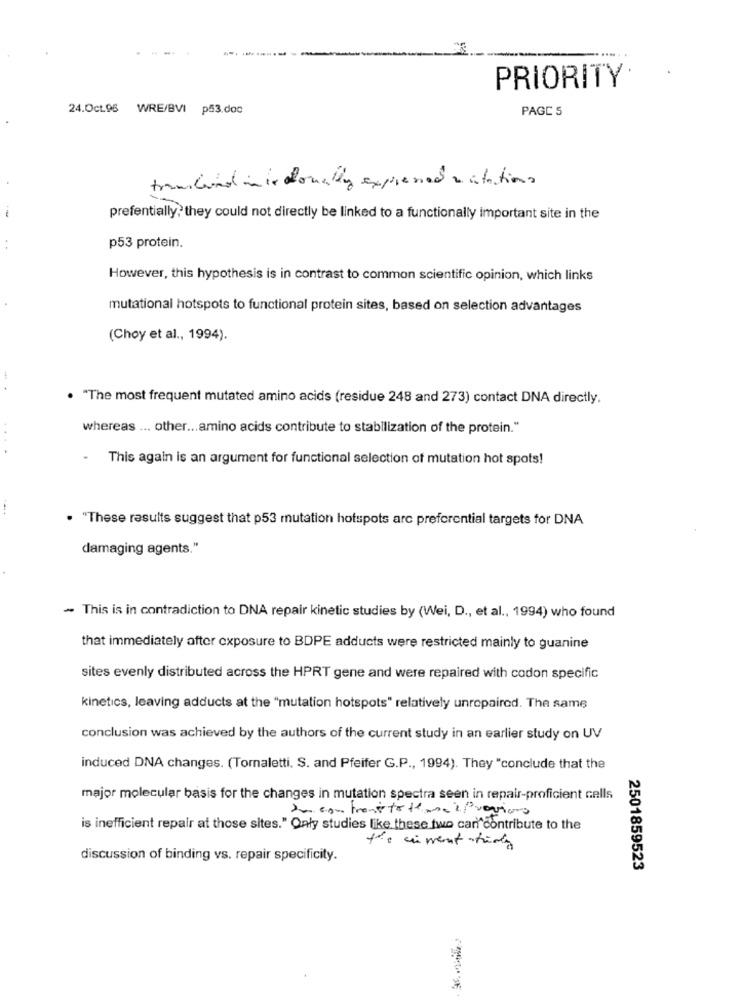
PRIORITY
24.Oct.96 WRE/BVI p53.doc
PAGE 5
transcend inin ofonafly expressed stations
prefentially; they could not directly be linked to a functionally important site in the
p53 protein.
However, this hypothesis is in contrast to common scientific opinion, which links
mutational hotspots to functional protein sites, based on selection advantages
(Choy et al ., 1994).
-.
. "The most frequent mutated amino acids (residue 248 and 273) contact DNA directly.
whereas ... other ... amino acids contribute to stabilization of the protein."
...
.
This again is an argument for functional selection of mutation hot spots!
. "These results suggest that p53 mutation hotspots arc preferential targets for DNA
damaging agents."
- This is in contradiction to DNA repair kinetic studies by (Wei, D ., et al ., 1994) who found
that immediately after exposure to BDPE adducts were restricted mainly to guanine
sites evenly distributed across the HPRT gene and were repaired with codon specific
kinetics, leaving adducts at the "mutation hotspots" relatively unrepaired. The same
conclusion was achieved by the authors of the current study in an earlier study on UV
induced DNA changes. (Tornaletti, S. and Pfeifer G.P ., 1994). They "conclude that the
major molecular basis for the changes in mutation spectra seen in repair-proficient cells
du contrasté téma ilvarios
is inefficient repair at those sites." Only studies like these two can contribute to the
discussion of binding vs. repair specificity.
2501859523
5